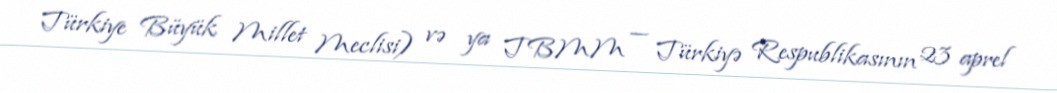
Türkiye Büyük Millet Meclisi) və ya TBMM — Türkiyə Respublikasının 23 aprel